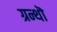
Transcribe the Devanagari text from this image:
ग्रन्थॊ